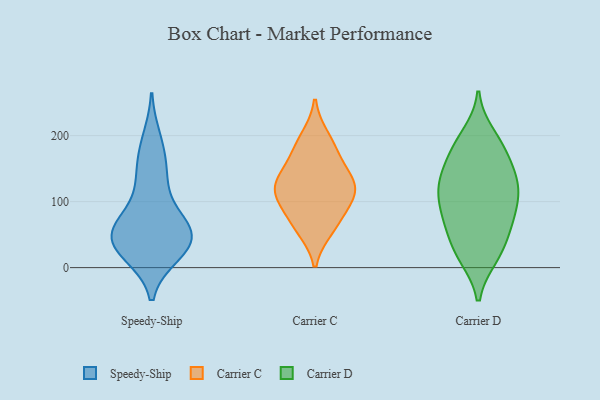
{"axis": {"x": "Headcount", "y": "Value"}, "legend": ["Carrier C", "Carrier D", "Speedy-Ship"], "data": [{"x": "", "y": 51, "type": "Speedy-Ship"}, {"x": "", "y": 21, "type": "Speedy-Ship"}, {"x": "", "y": 130, "type": "Speedy-Ship"}, {"x": "", "y": 194, "type": "Speedy-Ship"}, {"x": "", "y": 48, "type": "Speedy-Ship"}, {"x": "", "y": 21, "type": "Speedy-Ship"}, {"x": "", "y": 170, "type": "Speedy-Ship"}, {"x": "", "y": 68, "type": "Speedy-Ship"}, {"x": "", "y": 136, "type": "Speedy-Ship"}, {"x": "", "y": 78, "type": "Speedy-Ship"}, {"x": "", "y": 35, "type": "Speedy-Ship"}, {"x": "", "y": 49, "type": "Speedy-Ship"}, {"x": "", "y": 57, "type": "Speedy-Ship"}, {"x": "", "y": 36, "type": "Speedy-Ship"}, {"x": "", "y": 64, "type": "Carrier C"}, {"x": "", "y": 89, "type": "Carrier C"}, {"x": "", "y": 179, "type": "Carrier C"}, {"x": "", "y": 106, "type": "Carrier C"}, {"x": "", "y": 128, "type": "Carrier C"}, {"x": "", "y": 122, "type": "Carrier C"}, {"x": "", "y": 59, "type": "Carrier C"}, {"x": "", "y": 130, "type": "Carrier C"}, {"x": "", "y": 118, "type": "Carrier C"}, {"x": "", "y": 197, "type": "Carrier C"}, {"x": "", "y": 160, "type": "Carrier C"}, {"x": "", "y": 138, "type": "Carrier D"}, {"x": "", "y": 75, "type": "Carrier D"}, {"x": "", "y": 177, "type": "Carrier D"}, {"x": "", "y": 133, "type": "Carrier D"}, {"x": "", "y": 200, "type": "Carrier D"}, {"x": "", "y": 85, "type": "Carrier D"}, {"x": "", "y": 183, "type": "Carrier D"}, {"x": "", "y": 124, "type": "Carrier D"}, {"x": "", "y": 87, "type": "Carrier D"}, {"x": "", "y": 124, "type": "Carrier D"}, {"x": "", "y": 115, "type": "Carrier D"}, {"x": "", "y": 18, "type": "Carrier D"}, {"x": "", "y": 115, "type": "Carrier D"}, {"x": "", "y": 152, "type": "Carrier D"}, {"x": "", "y": 184, "type": "Carrier D"}, {"x": "", "y": 23, "type": "Carrier D"}, {"x": "", "y": 67, "type": "Carrier D"}, {"x": "", "y": 17, "type": "Carrier D"}, {"x": "", "y": 39, "type": "Carrier D"}, {"x": "", "y": 67, "type": "Carrier D"}]}